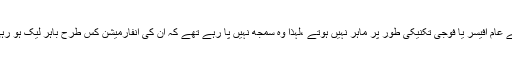
فوج کے عام آٖفیسر یا فوجی تکنیکی طور پر ماہر نہیں ہوتے ،لہٰذا وہ سمجھ نہیں پا رہے تھے کہ ان کی انفارمیشن کس طرح باہر لیک ہو رہی تھیں۔